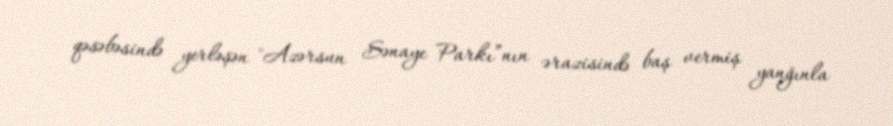
qəsəbəsində yerləşən "Azərsun Sənaye Parkı”nın ərazisində baş vermiş yanğınla